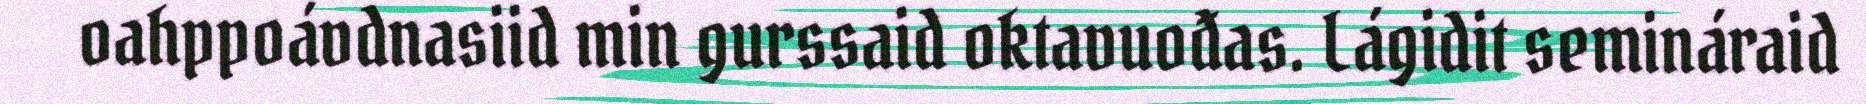
oahppoávdnasiid min gurssaid oktavuođas. Lágidit semináraid